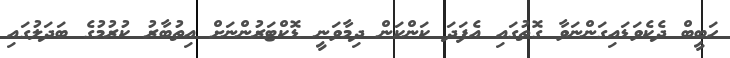
ހަބީބް ދެކެވަޑައިގަންނަވާ ގޮތުގައި އެފަދަ ކަންކަން ދިމާވަނީ ޑޮކްޓަރުންނަށް އިތުބާރު ކުރުމުގެ ބަދަލުގައި